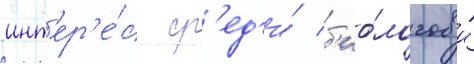
инт'ер'е́с ср'ед'и́ б'ио́логов и́